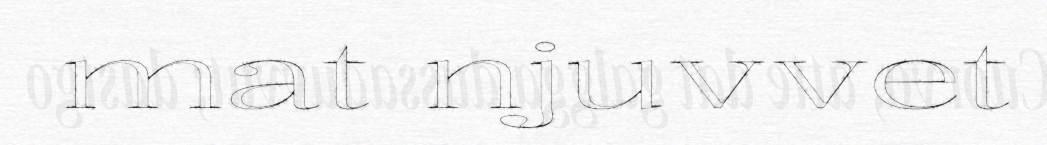
mat njuvvet